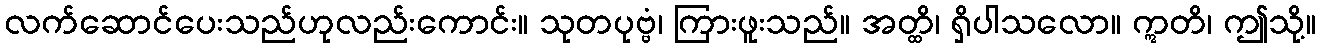
လက်ဆောင်ပေးသည်ဟုလည်းကောင်း။ သုတပုဗ္ဗံ၊ ကြားဖူးသည်။ အတ္ထိ၊ ရှိပါသလော။ ဣတိ၊ ဤသို့။